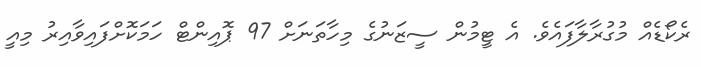
ރެކޯޑެއް މުގުރާލާފައެވެ. އެ ޓީމުން ސީޒަނުގެ މިހާތަނަށް 97 ޕޮއިންޓް ހަމަކޮށްފައިވާއިރު މިއީ